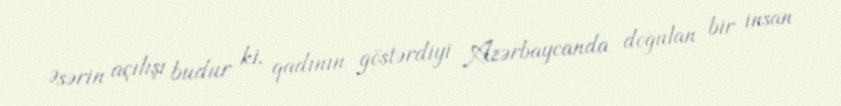
Əsərin açılışı budur ki, qadının göstərdiyi Azərbaycanda doğulan bir insan